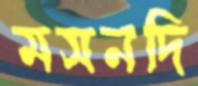
মসনদি